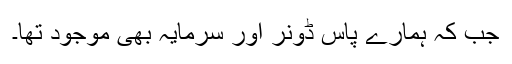
جب کہ ہمارے پاس ڈونر اور سرمایہ بھی موجود تھا۔